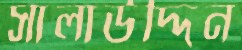
সালাউদ্দিন